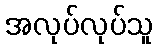
အလုပ်လုပ်သူ